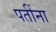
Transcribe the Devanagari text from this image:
पतींना